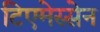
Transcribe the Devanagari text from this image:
टिएमेस्सेन